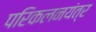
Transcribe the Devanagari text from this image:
परिकलनयंत्र